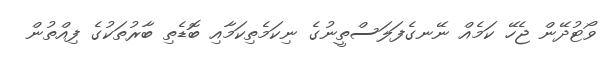
ވޯޓުދޭން ޖެހޭ ކަމެއް ނޭނގެފަލަސްތީނުގެ ނިކަމެތިކަމާއި ބޮޑެތި ބާރުތަކުގެ ފިއްތުން